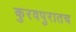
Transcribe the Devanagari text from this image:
कुरवपुरातच